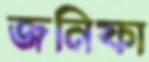
জনিফা